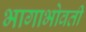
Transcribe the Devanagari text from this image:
भागाभोवती